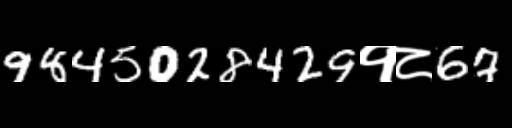
Text: 9845028429१८67